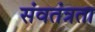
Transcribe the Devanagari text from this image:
संवतंत्रता